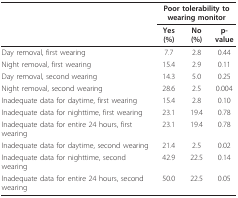
|  | <COLSPAN=3> Poor tolerability to wearing monitor |
 |  | Yes (%) | No (%) | p-value |
 | --- | --- | --- | --- |
 | Day removal, first wearing | 7.7 | 2.8 | 0.44 |
 | Night removal, first wearing | 15.4 | 2.9 | 0.11 |
 | Day removal, second wearing | 14.3 | 5.0 | 0.25 |
 | Night removal, second wearing | 28.6 | 2.5 | 0.004 |
 | Inadequate data for daytime, first wearing | 15.4 | 2.8 | 0.10 |
 | Inadequate data for nighttime, first wearing | 23.1 | 19.4 | 0.78 |
 | Inadequate data for entire 24 hours, first wearing | 23.1 | 19.4 | 0.78 |
 | Inadequate data for daytime, second wearing | 21.4 | 2.5 | 0.02 |
 | Inadequate data for nighttime, second wearing | 42.9 | 22.5 | 0.14 |
 | Inadequate data for entire 24 hours, second wearing | 50.0 | 22.5 | 0.05 |